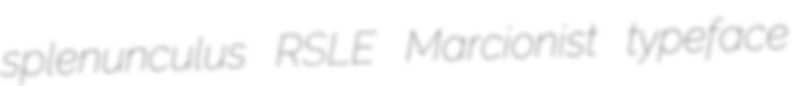
splenunculus RSLE Marcionist typeface